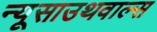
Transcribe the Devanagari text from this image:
न्यूसाउथवाल्स